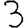
Digit: 3